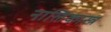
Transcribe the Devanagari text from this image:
नालिकास्‍त्र